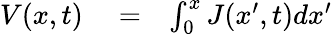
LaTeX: \begin{array}{rlr}{V(x,t)}&{{}=}&{\int_{0}^{x}J(x^{\prime},t)dx^{\prime}}\end{array}